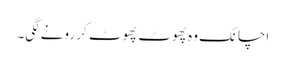
اچانک وہ پھوٹ پھوٹ کر رونے لگی۔